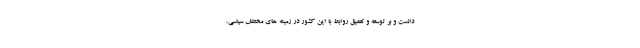
دانست و بر توسعه و تعمیق روابط با این کشور در زمینه های مختلف سیاسی،